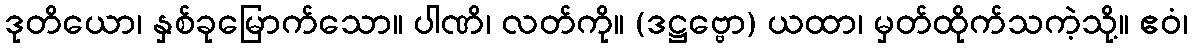
ဒုတိယော၊ နှစ်ခုမြောက်သော။ ပါဏိ၊ လတ်ကို။ (ဒဋ္ဌဗ္ဗော) ယထာ၊ မှတ်ထိုက်သကဲ့သို့။ ဧဝံ၊